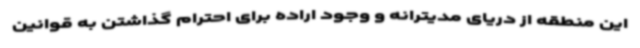
این منطقه از دریای مدیترانه و وجود اراده برای احترام گذاشتن به قوانین